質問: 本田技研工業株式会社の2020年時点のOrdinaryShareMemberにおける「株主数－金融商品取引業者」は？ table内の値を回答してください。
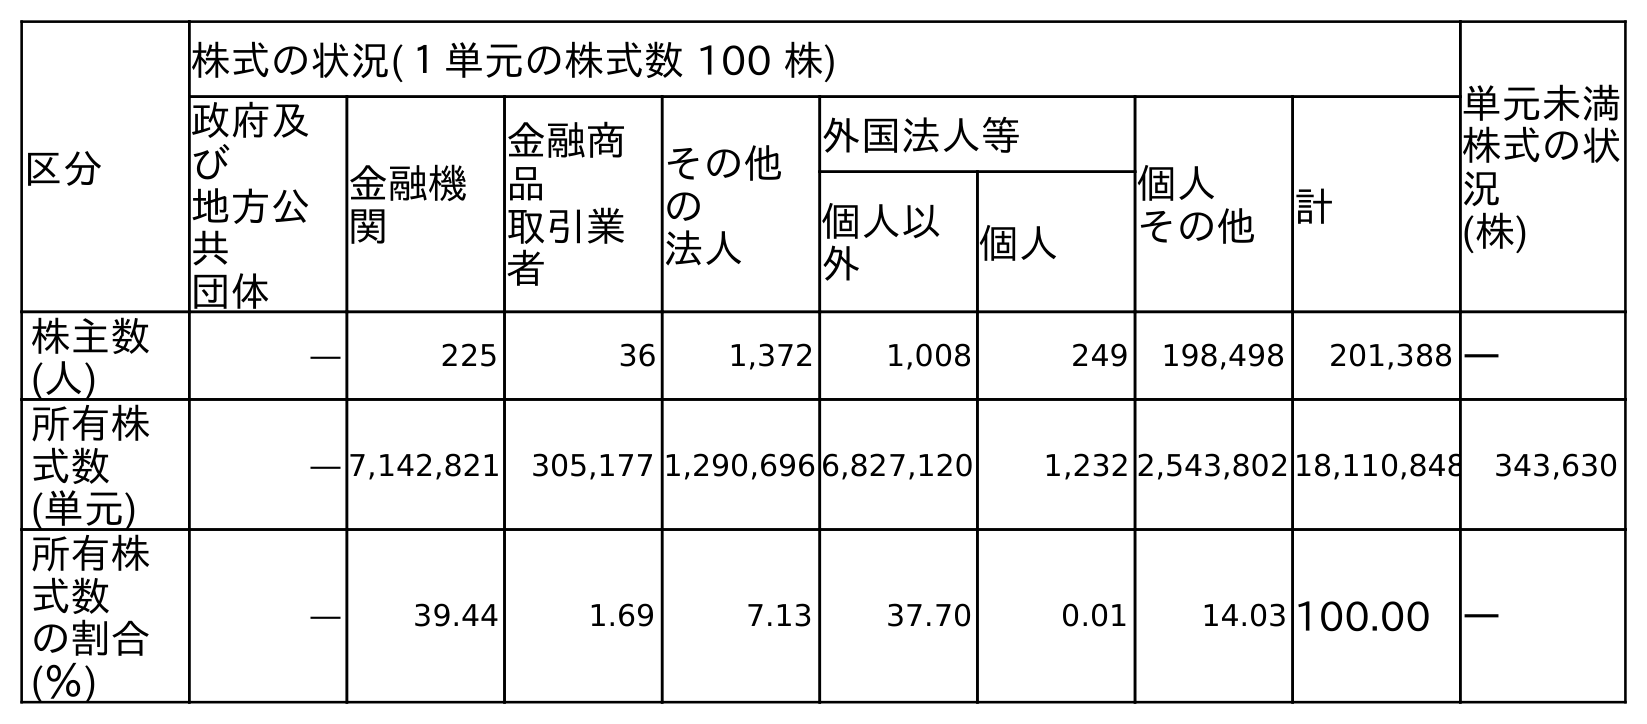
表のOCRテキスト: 区分 株式の状況(１単元の株式数 100 株) 単元未満 株式の状 況 (株) 政府及 び 地方公 共 団体 金融機 関 金融商 品 取引業 者 その他 の 法人 外国法人等 個人 その他 計 個人以 外 個人 株主数 (人) ― 225 36 1,372 1,008 249 198,498 201,388 ― 所有株 式数 (単元) ― 7,142,821 305,177 1,290,696 6,827,120 1,232 2,543,802 18,110,848 343,630 所有株 式数 の割合 (％) ― 39.44 1.69 7.13 37.70 0.01 14.03 100.00 ―
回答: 36